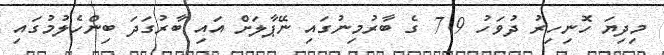
މިދިޔަ ހޮނިހިރު ދުވަހު 7.9 ގެ ބާރުމިނުގައި ނޭޕާލަށް އައި ބާރުގަދަ ބިންހެލުމުގައި